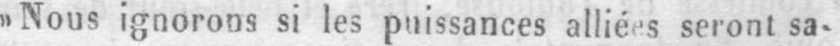
seront sa-